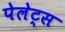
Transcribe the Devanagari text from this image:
पेलेट्स